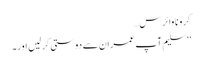
کرونا وائرس…
’’ سلیم آپ عمران سے دوستی کر لیں اور۔